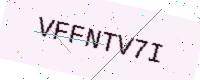
Text: VFFNTV7I